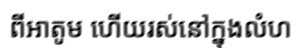
ពីអាតូម ហើយរស់នៅក្នុងលំហ